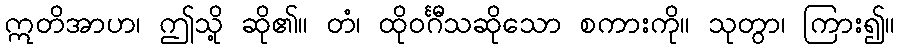
ဣတိအာဟ၊ ဤသို့ ဆို၏။ တံ၊ ထိုဝင်္ဂီသဆိုသော စကားကို။ သုတွာ၊ ကြား၍။